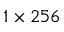
1 \times 2 5 6